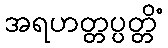
အရဟတ္တပ္ပတ္တိံ